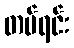
တပ်ရင်း